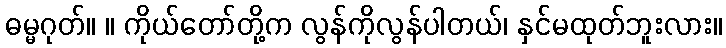
ဓမ္မဂုတ်။ ။ ကိုယ်တော်တို့က လွန်ကိုလွန်ပါတယ်၊ နှင်မထုတ်ဘူးလား။